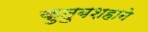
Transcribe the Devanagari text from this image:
कुतुबशहाने